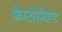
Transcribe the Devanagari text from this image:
फेम्टोसेकंड